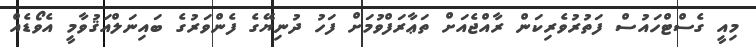
މިއީ ގެސްޓްހައުސް ފަތުރުވެރިކަން ރާއްޖެއަށް ތަޢާރަފްވުމަށް ފަހު ދުނިޔޭގެ ފެންވަރުގެ ބައިނަލްއަޤުވާމީ އެވޯޑެއް